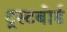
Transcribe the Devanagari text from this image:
ट्रस्टबोर्ड